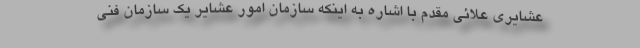
عشایری علائی مقدم با اشاره به اینکه سازمان امور عشایر یک سازمان فنی